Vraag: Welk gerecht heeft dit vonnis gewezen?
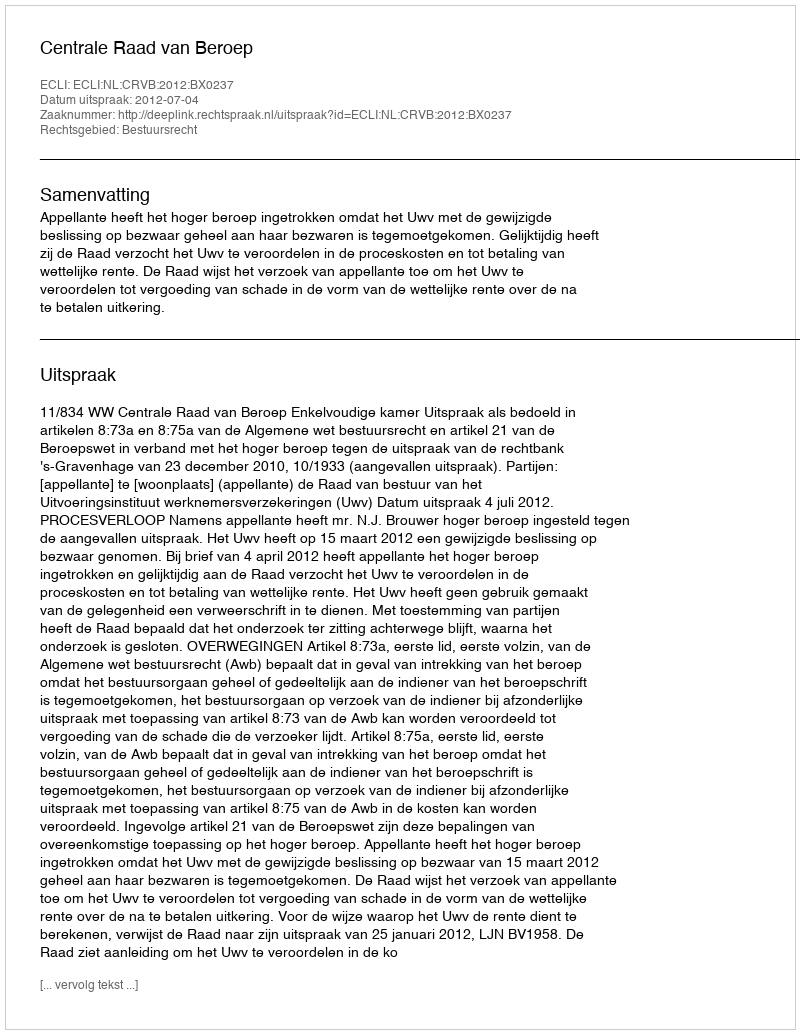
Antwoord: Centrale Raad van Beroep